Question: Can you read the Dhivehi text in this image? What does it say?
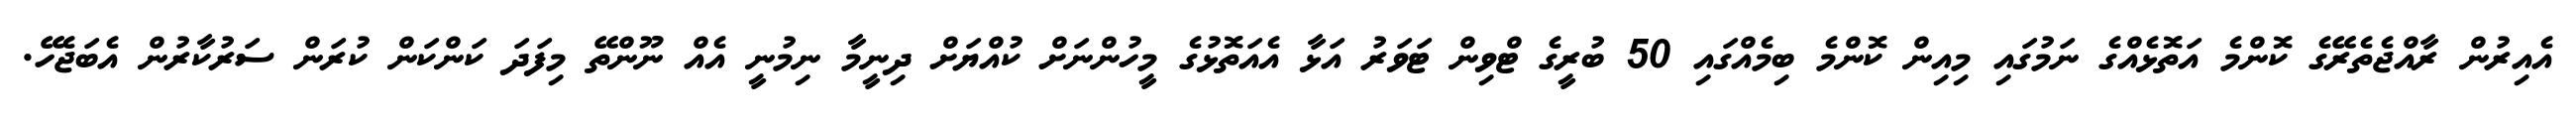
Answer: އެއިރުން ރާއްޖެތެރޭގެ ކޮންމެ އަތޮޅެއްގެ ނަމުގައި މިއިން ކޮންމެ ބިމެއްގައި 50 ބުރީގެ ޓްވިން ޓަވަރު އަޅާ އެއަތޮޅުގެ މީހުންނަށް ކުއްޔަށް ދިނީމާ ނިމުނީ އެއް ނޫންތޭ މިފަދަ ކަންކަން ކުރަން ސަރުކާރުން އެބަޖެހޭ.